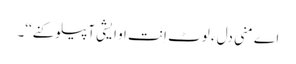
اے منی دل ءِ لوٹ اِنت او ایشی آپیلو کنے‘‘۔